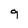
Character: 9